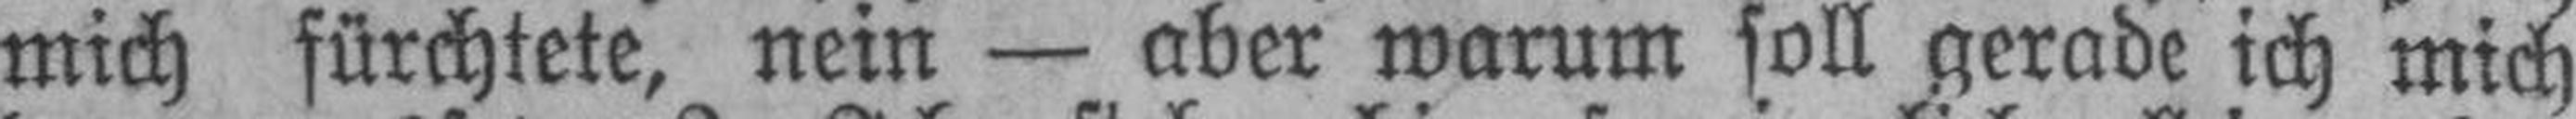
mich fürchtete, nein — aber warum soll gerade ich mich